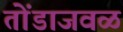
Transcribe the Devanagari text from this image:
तोंडाजवळ